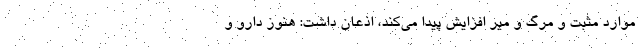
موارد مثبت و مرگ و میر افزایش پیدا می‌کند، اذعان داشت: هنوز دارو و